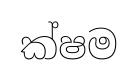
ක්ෂම